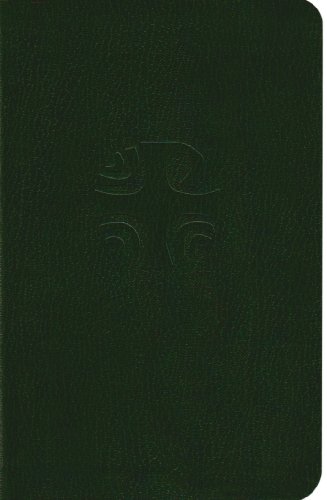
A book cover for Liturgy of the Hours (Vol. 4); Christian Books & Bibles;